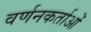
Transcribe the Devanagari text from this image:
वर्णनकर्ताओं